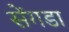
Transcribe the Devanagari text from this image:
सेंगडा